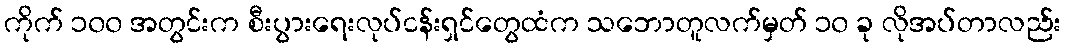
ကိုက် ၁၀၀ အတွင်းက စီးပွားရေးလုပ်ငန်းရှင်တွေထံက သဘောတူလက်မှတ် ၁၀ ခု လိုအပ်တာလည်း